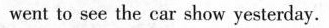
went to see the car show yesterday.